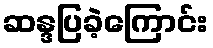
ဆန္ဒပြခဲ့ကြောင်း